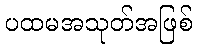
ပထမအသုတ်အဖြစ်